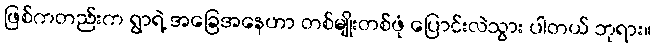
ဖြစ်ကတည်းက ရွာရဲ့ အခြေအနေဟာ တစ်မျိုးတစ်ဖုံ ပြောင်းလဲသွား ပါတယ် ဘုရား။